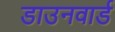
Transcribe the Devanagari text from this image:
डाउनवार्ड